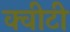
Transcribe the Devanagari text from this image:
क्‍वीटी